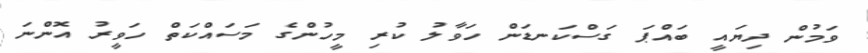
ވަމުން ދިޔައީ ބައްޕަ ގަސްކަނޑަން ހަވާލު ކުރި މީހުންގެ މަސައްކަތް ހަވީރު އޮންނަ